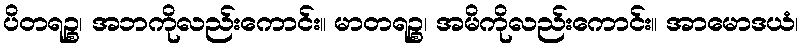
ပိတရဉ္စ၊ အဘကိုလည်းကောင်း။ မာတရဉ္စ၊ အမိကိုလည်းကောင်း။ အာမောဒယံ၊